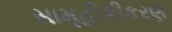
સામૂહીકીકરણ